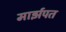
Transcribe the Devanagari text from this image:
मार्झपत